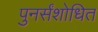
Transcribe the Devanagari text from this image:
पुनर्संशोधित